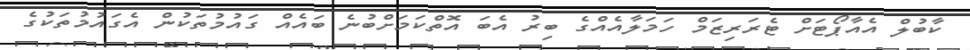
ކާބުލް އެއާޕޯޓަށް ޓެރަރިޒަމް ހަމަލާއެއްގެ ބިރު އެބަ އޮތްކަމަށްބުނެ ބައެއް ގައުމުތަކުން އެގައުމުތަކުގެ